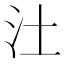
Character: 汢